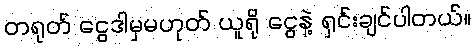
တရုတ် ငွေဒါမှမဟုတ် ယူရို ငွေနဲ့ ရှင်းချင်ပါတယ်။